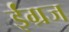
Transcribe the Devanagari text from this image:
ईंग्रज